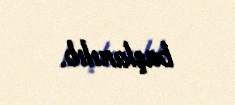
başlanılıb.